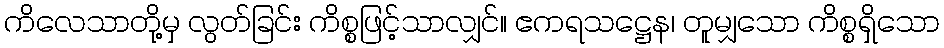
ကိလေသာတို့မှ လွတ်ခြင်း ကိစ္စဖြင့်သာလျှင်။ ဧကရသဋ္ဌေန၊ တူမျှသော ကိစ္စရှိသော